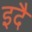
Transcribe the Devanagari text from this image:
इदै